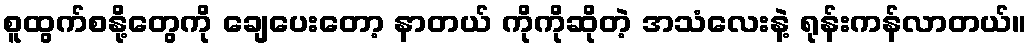
စူထွက်စနို့တွေကို ချေပေးတော့ နာတယ် ကိုကိုဆိုတဲ့ အသံလေးနဲ့ ရုန်းကန်လာတယ်။